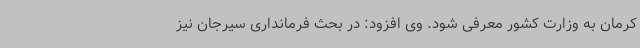
کرمان به وزارت کشور معرفی شود. وی افزود: در بحث فرمانداری سیرجان نیز